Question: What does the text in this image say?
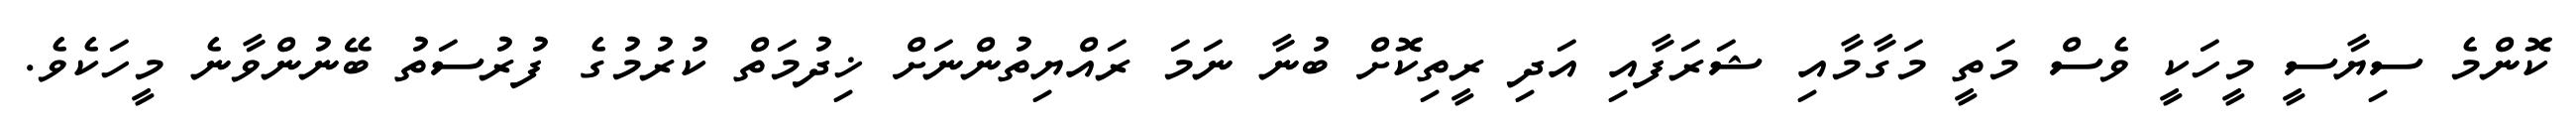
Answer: ކޮންމެ ސިޔާސީ މީހަކީ ވެސް މަތީ މަގާމާއި ޝަރަފާއި އަދި ރީތިކޮށް ބުނާ ނަމަ ރައްޔިތުންނަށް ޚިދުމަތް ކުރުމުގެ ފުރުސަތު ބޭނުންވާނެ މީހަކެވެ.